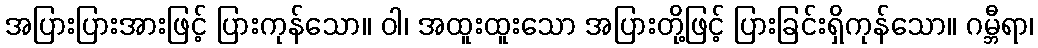
အပြားပြားအားဖြင့် ပြားကုန်သော။ ဝါ၊ အထူးထူးသော အပြားတို့ဖြင့် ပြားခြင်းရှိကုန်သော။ ဂမ္ဘီရာ၊